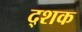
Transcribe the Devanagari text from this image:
द्शक